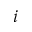
i